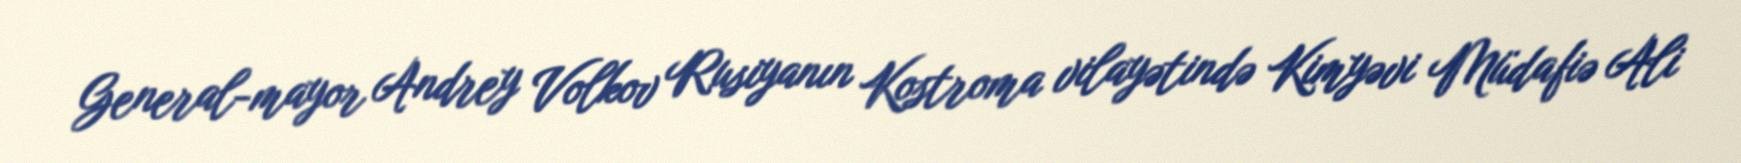
General-mayor Andrey Volkov Rusiyanın Kostroma vilayətində Kimyəvi Müdafiə Ali